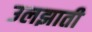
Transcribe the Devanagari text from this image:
उलझाती